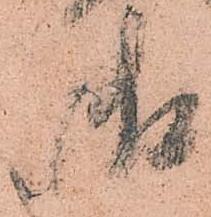
御